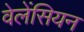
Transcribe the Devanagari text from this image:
वेलेंसियन